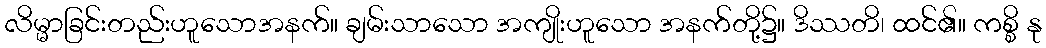
လိမ္မာခြင်းတည်းဟူသောအနက်။ ချမ်းသာသော အကျိုးဟူသော အနက်တို့၌။ ဒိဿတိ၊ ထင်၏။ ကစ္စိ နု